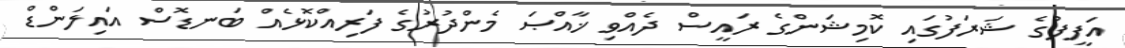
އަފީފުގެ ޝަރަފުގައި ކޮމިޝަންގެ ރައީސް ދެއްވި ޚާއްޞަ މެންދުރުގެ ފަރިއްކޮޅެއް ބަނޑޮސް އައިލަންޑް